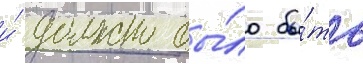
и́ должно бы́ло бы́ть